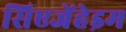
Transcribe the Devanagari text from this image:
सिएजेंहेइम